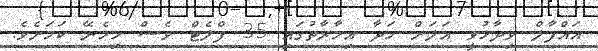
އައްފާލް ވިދާޅުވީ އަލަށް ހަދާ އިމާރާތުގައި 35 ފްލެޓް ވެސް ހިމެނޭ ކަމަށެވެ.